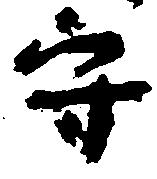
守